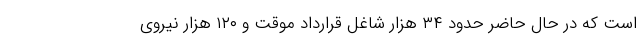
است که در حال حاضر حدود ۳۴ هزار شاغل قرارداد موقت و ۱۲۰ هزار نیروی